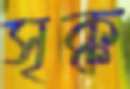
সৃক্ক